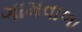
ગામવાળા